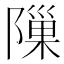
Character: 隟